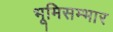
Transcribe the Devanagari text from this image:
भूमिसम्भार